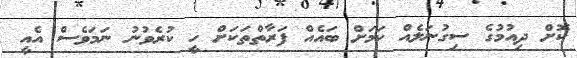
ކޮށް ދިއުމުގެ ސިގުނަލެއް ކަމަށް ބައެއް ފަރާތްތަކަށް ހީ ކުރެވުނު ނަމަވެސް އެއީ